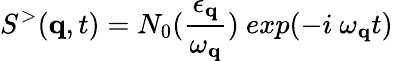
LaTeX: S^{>}({\mathbf{q}},t)=N_{0}(\frac{\epsilon_{{\mathbf{q}}}}{\omega_{{\mathbf{q}}}})\mathrm{~}exp(-i\mathrm{~}\omega_{{\mathbf{q}}}t)